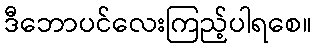
ဒီဘောပင်လေးကြည့်ပါရစေ။